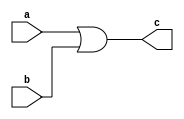
module orgate (a,b,c);
input a,b;
output c;
assign c=a|b;
endmodule 


//test bench
module orgatetb();
reg a,b;
wire c;
orgate OR (.a(a),.b(b),.c(c));
initial begin
$monitor("a=%b b=%b c=%b",a,b,c);
a=0;
b=0;
#10
a=0;
b=1;
#10
a=1;
b=0;
#10
a=1;
b=1;
#10;
end 
endmodule